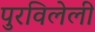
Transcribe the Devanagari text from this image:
पुरविलेली